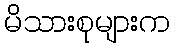
မိသားစုများက